Scientific memoirs by medical officers of the Army of India - Part XII,
Year: 1901
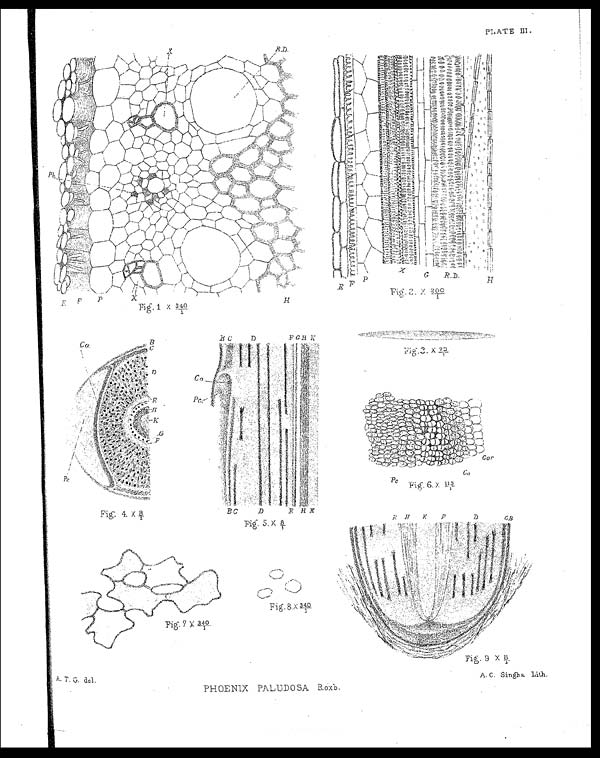
PLATE III.